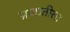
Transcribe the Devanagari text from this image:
प्रजातीला